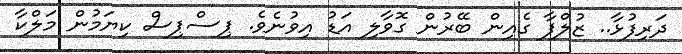
ދަރިފުޅާ.. ޒުލްފާ ގެއިން ބޭރުން ގޮވާލި އަޑު އިވުނެވެ. ޕިސްޕިސް ކިޔަމުން މަލްކާ